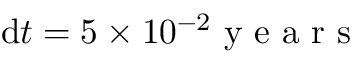
\mathrm { d } t = 5 \times 1 0 ^ { - 2 } \mathrm { ~ y ~ e ~ a ~ r ~ s ~ }